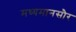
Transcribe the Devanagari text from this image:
मध्यमानसौर